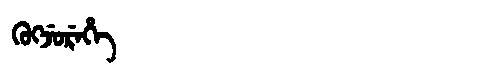
Manchu: ᡴᡠᡴᠵᡠᡵᡝᡥᡝ
Romanization: KUKJUREHE